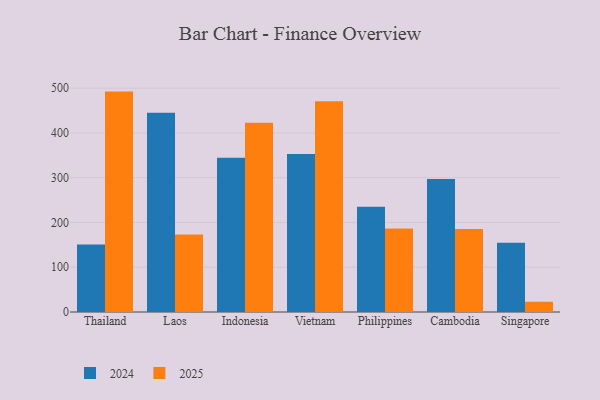
{"axis": {"x": "Country", "y": "Churn Rate (%)"}, "legend": ["2024", "2025"], "data": [{"x": "Thailand", "y": 150.9, "type": "2024"}, {"x": "Thailand", "y": 492.2, "type": "2025"}, {"x": "Laos", "y": 445.0, "type": "2024"}, {"x": "Laos", "y": 173.2, "type": "2025"}, {"x": "Indonesia", "y": 344.5, "type": "2024"}, {"x": "Indonesia", "y": 422.8, "type": "2025"}, {"x": "Vietnam", "y": 353.0, "type": "2024"}, {"x": "Vietnam", "y": 470.6, "type": "2025"}, {"x": "Philippines", "y": 235.2, "type": "2024"}, {"x": "Philippines", "y": 186.3, "type": "2025"}, {"x": "Cambodia", "y": 297.0, "type": "2024"}, {"x": "Cambodia", "y": 185.4, "type": "2025"}, {"x": "Singapore", "y": 154.9, "type": "2024"}, {"x": "Singapore", "y": 22.9, "type": "2025"}]}